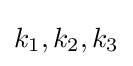
k_{1},k_{2},k_{3}